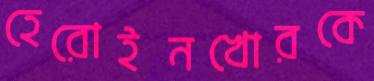
হেরোইনখোরকে